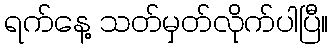
ရက်နေ့ သတ်မှတ်လိုက်ပါပြီ။